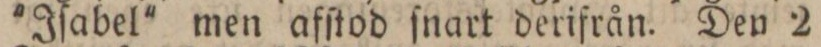
'Iſabel' men afſtod ſnart derifrån. Den 2